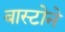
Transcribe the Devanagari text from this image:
बास्टोने